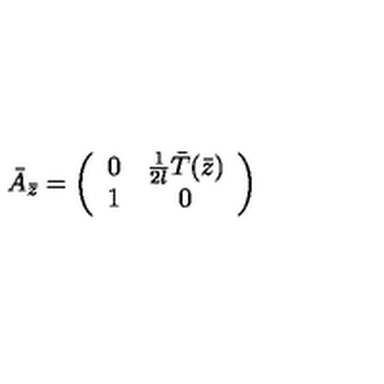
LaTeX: \bar { A } _ { \bar { z } } = \left( \begin{array} { c c } { 0 } & { { \frac { 1 } { 2 l } } \bar { T } ( \bar { z } ) } \\ { 1 } & { 0 } \\ \end{array} \right)